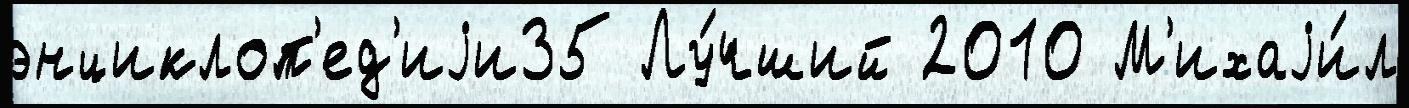
энциклоп'ед'иjи35 Лу́чший 2010 М'ихаjи́л